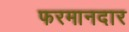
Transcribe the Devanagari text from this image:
फरमानदार